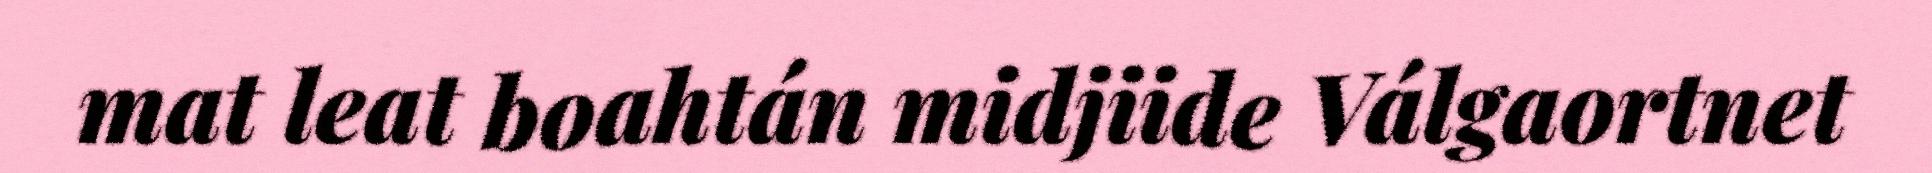
mat leat boahtán midjiide Válgaortnet